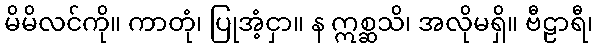
မိမိလင်ကို။ ကာတုံ၊ ပြုအံ့ငှာ။ န ဣစ္ဆသိ၊ အလိုမရှိ။ ဗီဠာရီ၊